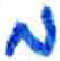
אות: מ